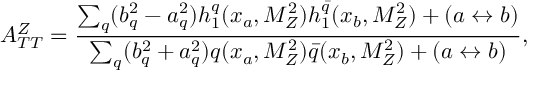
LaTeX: A _ { T T } ^ { Z } = \frac { \sum _ { q } ^ { } ( b _ { q } ^ { 2 } - a _ { q } ^ { 2 } ) h _ { 1 } ^ { q } ( x _ { a } , M _ { Z } ^ { 2 } ) h _ { 1 } ^ { \bar { q } } ( x _ { b } , M _ { Z } ^ { 2 } ) + ( a \leftrightarrow b ) } { \sum _ { q } ^ { } ( b _ { q } ^ { 2 } + a _ { q } ^ { 2 } ) q ( x _ { a } , M _ { Z } ^ { 2 } ) \bar { q } ( x _ { b } , M _ { Z } ^ { 2 } ) + ( a \leftrightarrow b ) } ,